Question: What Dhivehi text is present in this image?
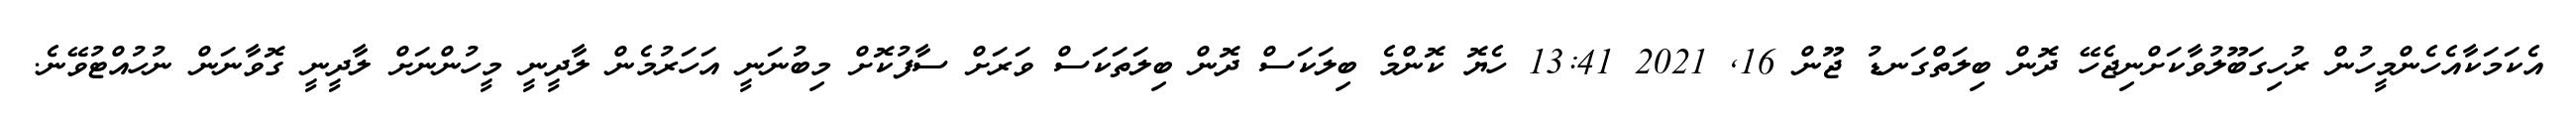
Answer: އެކަމަކާއެހެންމީހުން ރުހިގަބޫލުވާކަށްނިޖެހޭ ދޮން ބިލަތްގަނޑު ޖޫން 16, 2021 13:41 ހެޔޮ ކޮންމެ ބިލަކަސް ދޮން ބިލަތަކަސް ވަރަށް ސާފުކޮށް މިބުނަނީ އަހަރުމެން ލާދީނީ މީހުންނަށް ލާދީނީ ގޮވާނަން ނުހުއްޓުވޭނެ.